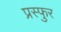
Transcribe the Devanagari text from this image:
प्रस्फुर